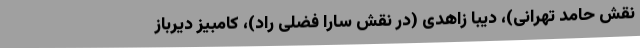
نقش حامد تهرانی)، دیبا زاهدی (در نقش سارا فضلی راد)، کامبیز دیرباز